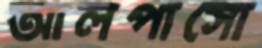
আলপাসো